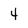
Character: 4